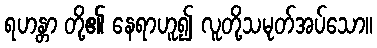
ရဟန္တာ တို့၏ နေရာဟူ၍ လူတို့သမုတ်အပ်သော။